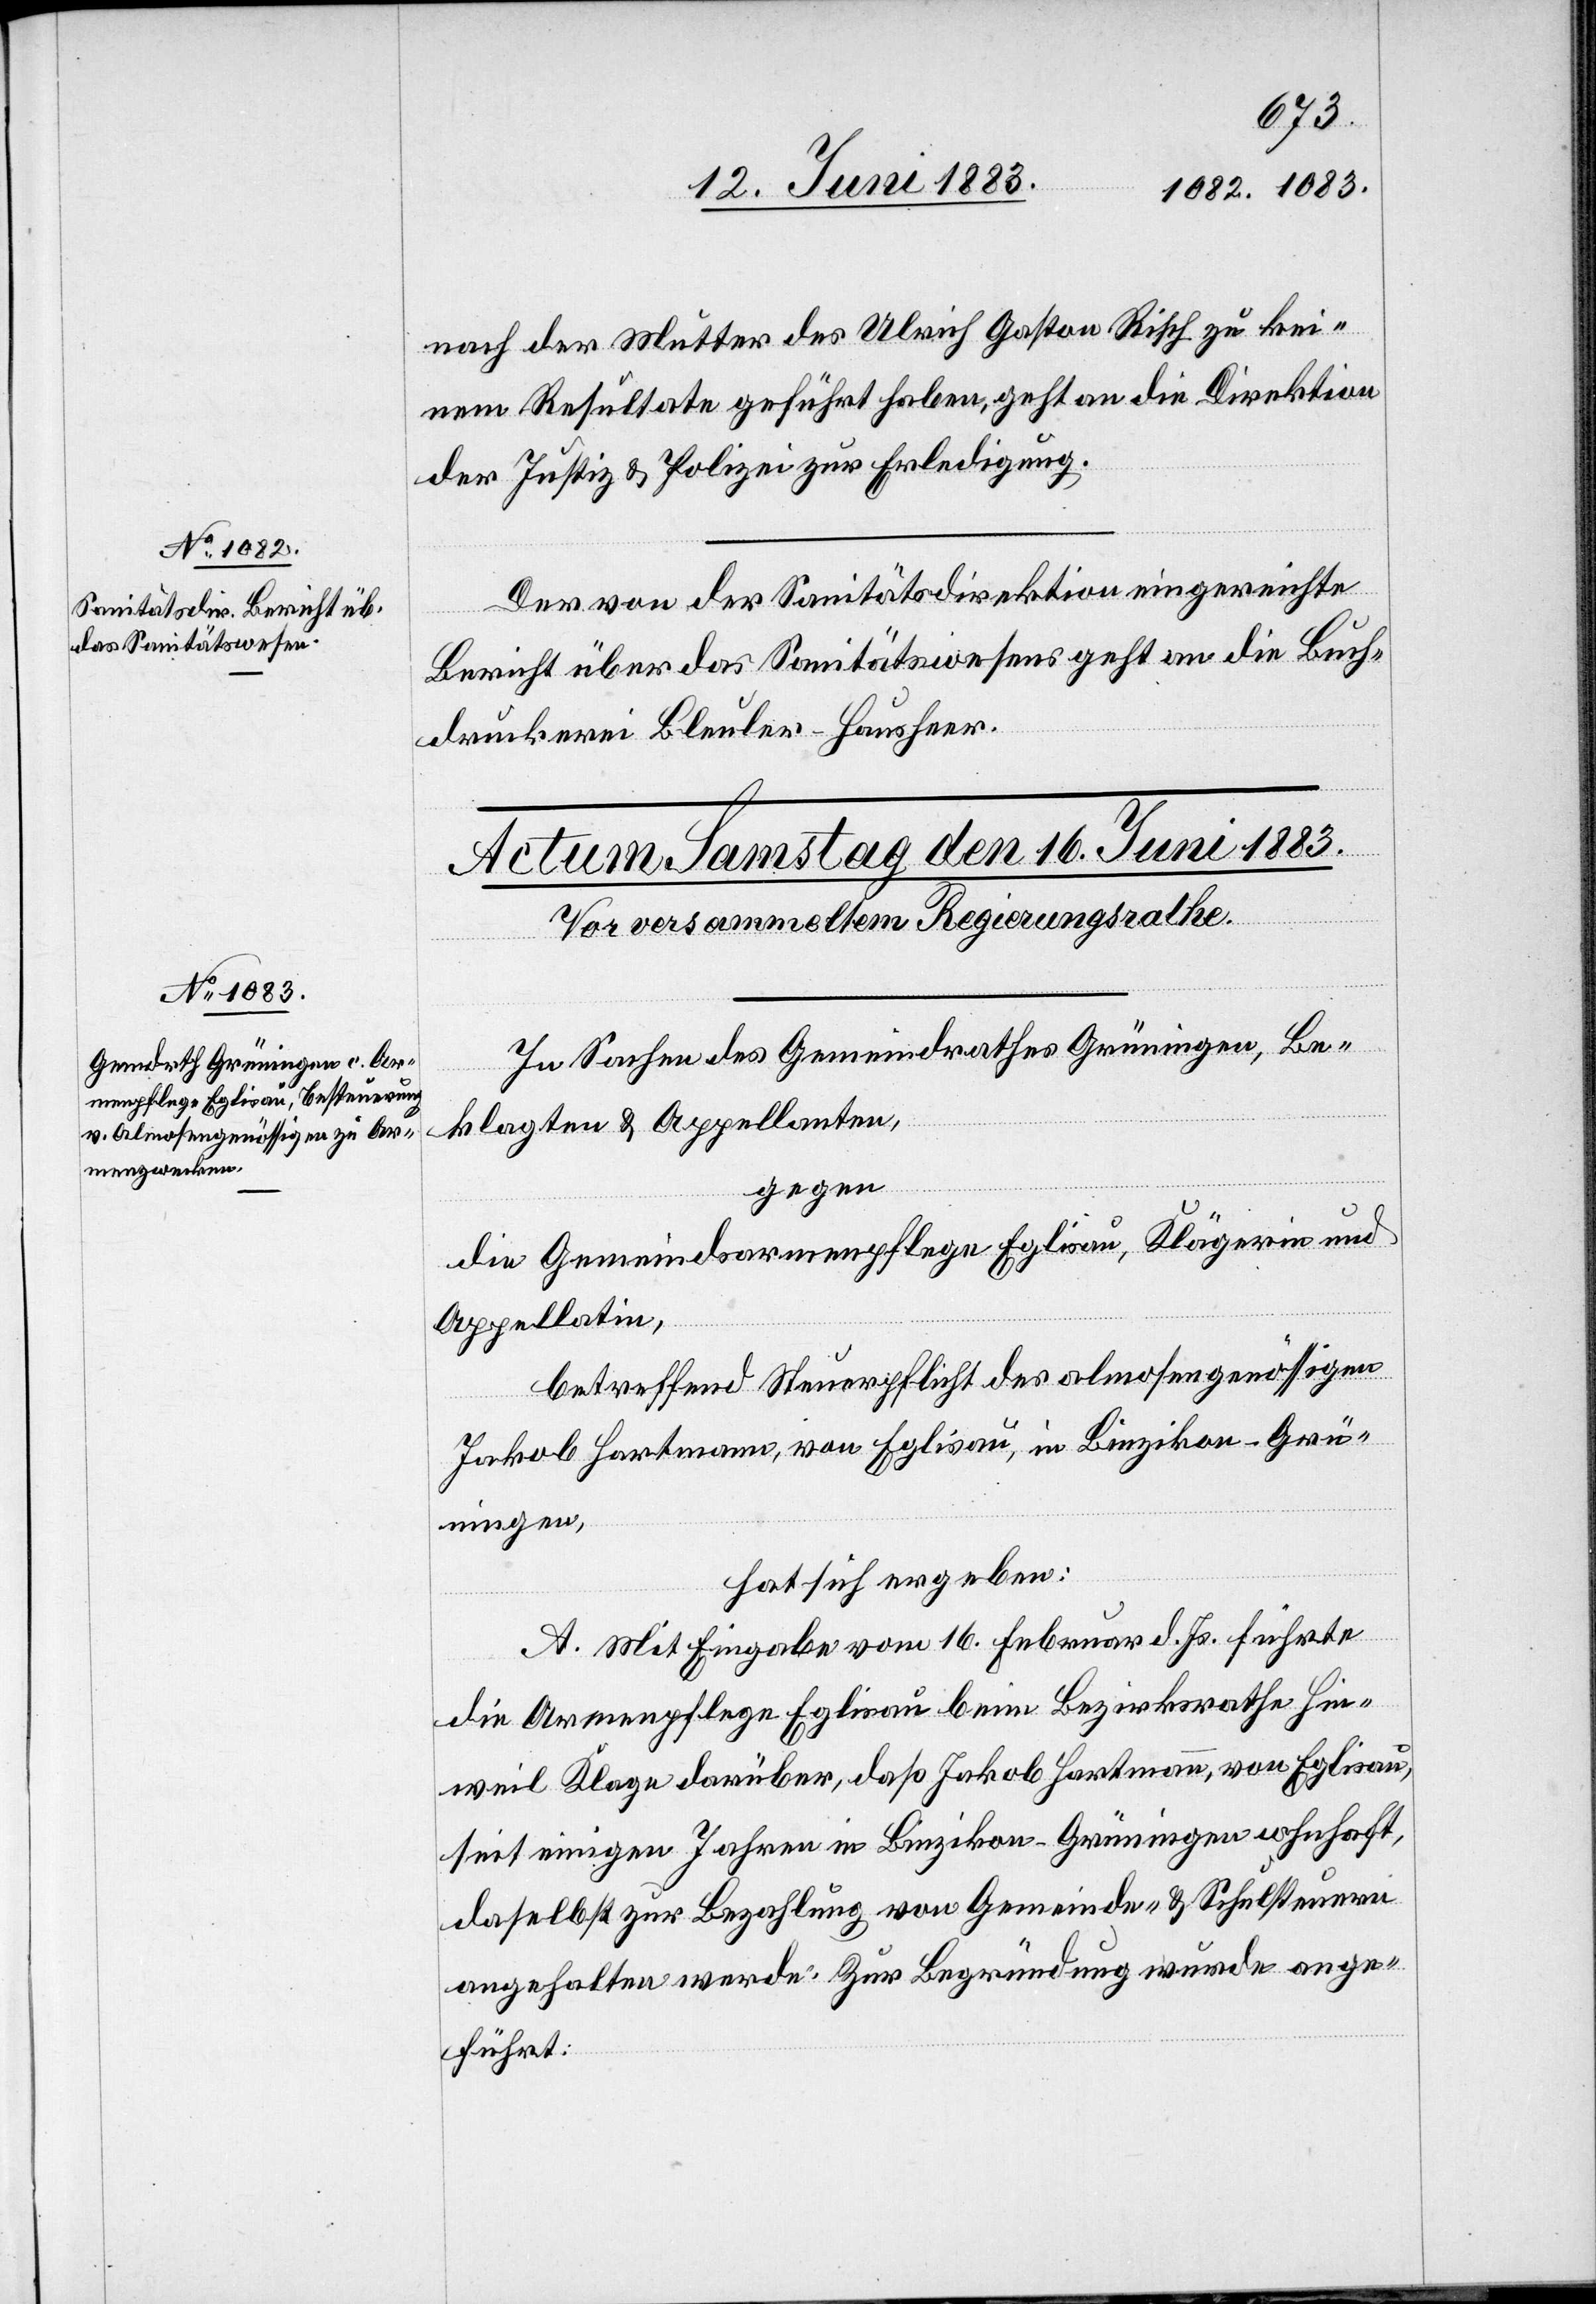
13. Juni 1883.]
nach der Mutter des Ulrich Gaston Risch zu kei¬
nem Resultate geführt haben, geht an die Direktion
der Justiz & Polizei zur Erledigung.
Der von der Sanitätsdirektion eingereichte
Bericht über das Sanitätswesens [sic!] geht an die Buch¬
druckerei Bleuler-Hausheer.
In Sachen des Gemeindrathes Grüningen, Be¬
klagten & Appellanten,
gegen
die Gemeindsarmenpflege Eglisau, Klägerin und
Appellatin,
betreffend Steuerpflicht des almosengenössigen
Jakob Hartmann, von Eglisau, in Binzikon - Grü¬
ningen,
hat sich ergeben:
A. Mit Eingabe vom 16. Februar d. Js. führte
die Armenpflege Eglisau beim Bezirksrath Hin¬
weil Klage darüber, daß Jakob Hartmann, von Eglisau,
seit einigen Jahren in Binzikon - Grüningen w[o]hnhaft,
daselbst zur Bezahlung von Gemeinde- & Schulsteuern
angehalten werde. Zur Begründung wurde ange¬
führt: